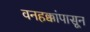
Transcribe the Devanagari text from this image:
वनहक्कांपासून